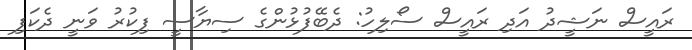
ރައީސް ނަޝީދު އަދި ރައީސް ސޯލިހު: ދެބޭފުޅުންގެ ސިޔާސީ ފިކުރު ވަނީ ދެކަފި